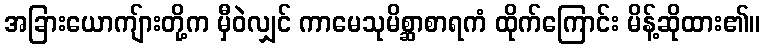
အခြားယောကျ်ားတို့က မှီဝဲလျှင် ကာမေသုမိစ္ဆာစာရကံ ထိုက်ကြောင်း မိန့်ဆိုထား၏။